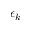
\epsilon _ { k }